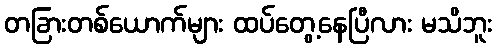
တခြားတစ်ယောက်များ ထပ်တွေ့နေပြီလား မသိဘူး